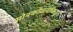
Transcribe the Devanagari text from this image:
सोनकोळ्यांकडून